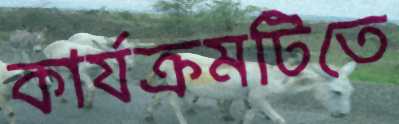
কার্যক্রমটিতে